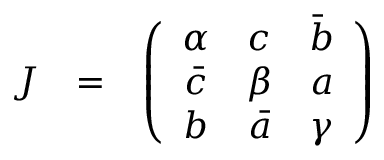
\begin{array} { c c c } { { J } } & { { = } } & { { \left( \begin{array} { c c c } { { \alpha } } & { { c } } & { { \bar { b } } } \\ { { \bar { c } } } & { { \beta } } & { { a } } \\ { { b } } & { { \bar { a } } } & { { \gamma } } \end{array} \right) } } \end{array}